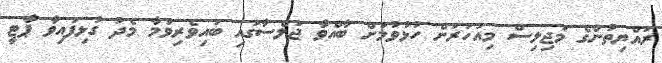
ރައްޔިތުންގެ މަޖިލިސް މިއަހަރަށް ހުޅުވުމަށް ބާއްވާ ޖަލްސާގައި ބައިވެރިވުމާ މެދު ގުޅިފައިވާ ޕާޓީ